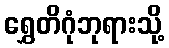
ရွှေတိဂုံဘုရားသို့